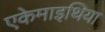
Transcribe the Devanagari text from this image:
एकेमाइथिया